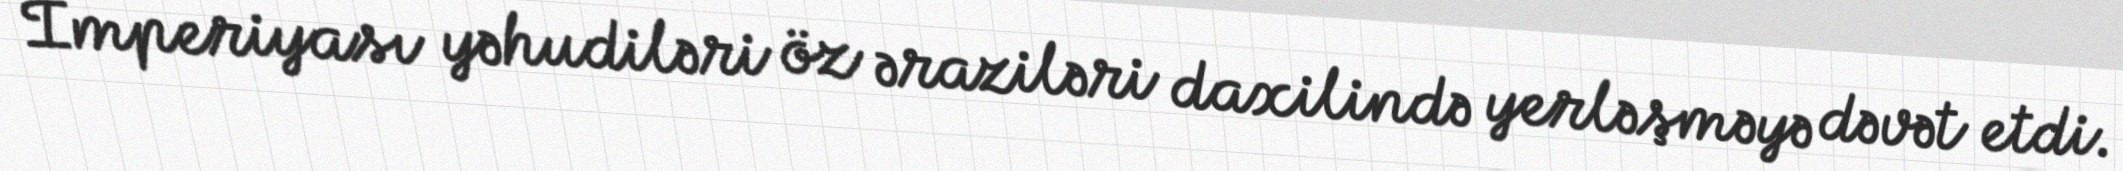
İmperiyası yəhudiləri öz əraziləri daxilində yerləşməyə dəvət etdi.